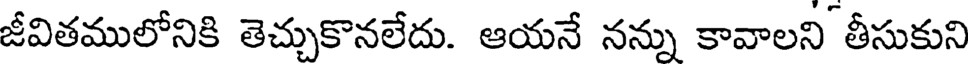
జీవితములోనికి తెచ్చుకొనలేదు. ఆయనే నన్ను కావాలని తీసుకుని